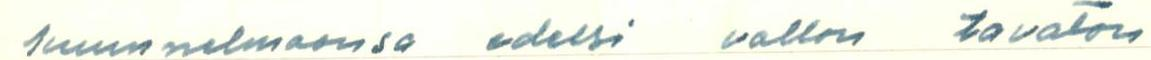
kuunnelmaansa edelsi vallon tavaton